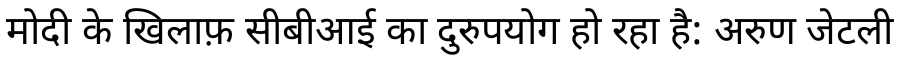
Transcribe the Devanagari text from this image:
मोदी के खिलाफ़ सीबीआई का दुरुपयोग हो रहा है: अरुण जेटली